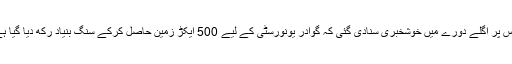
جس پر اگلے دورے میں خوشخبری سنادی گئی کہ گوادر یونورسٹی کے لیے 500 ایکڑ زمین حاصل کرکے سنگ بنیاد رکھ دیا گیا ہے۔